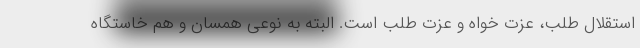
استقلال طلب، عزت خواه و عزت طلب است. البته به نوعی همسان و هم خاستگاه